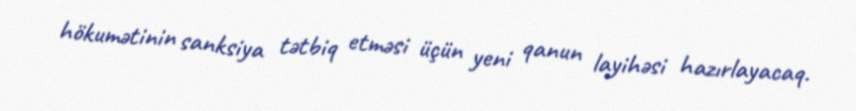
hökumətinin sanksiya tətbiq etməsi üçün yeni qanun layihəsi hazırlayacaq.